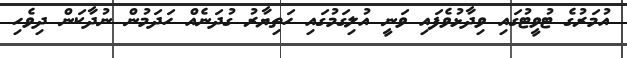
އުމަރުގެ ޓުވީޓުގައި ވިދާޅުވެފައި ވަނީ އުލިގަމުގައި ހަތިޔާރު ގުދަނެއް ހަދަަމުން ނުދާކަން ދިވެހި